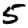
Digit: 5